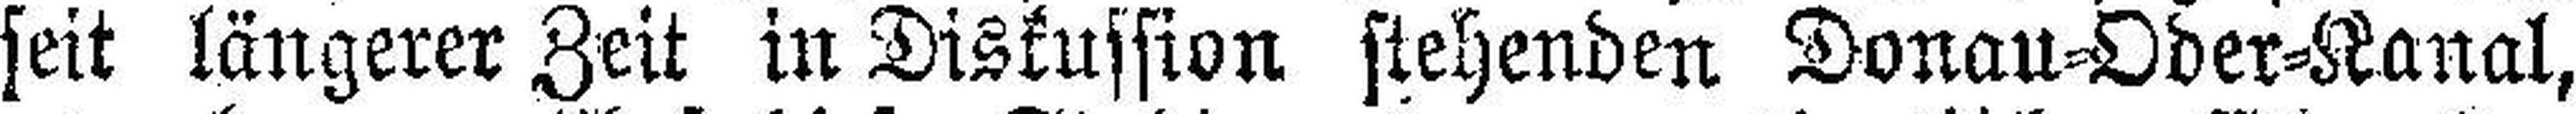
seit längerer Zeit in Diskussion stehenden Donau=Oder=Kanal,